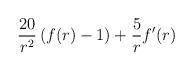
LaTeX: \begin{align*}{20 \over r^2} \, (f(r)-1) + {5 \over r} f'(r)\end{align*}